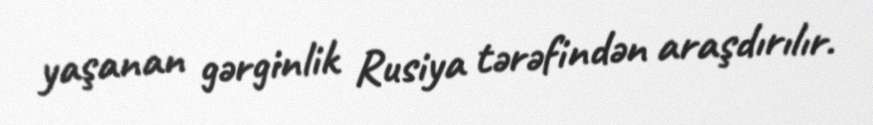
yaşanan gərginlik Rusiya tərəfindən araşdırılır.